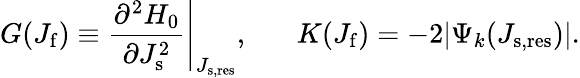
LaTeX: G(J_{\mathrm{f}})\equiv\frac{\partial^{2}H_{0}}{\partial J_{\mathrm{s}}^{2}}\Bigg\vert_{J_{\mathrm{s,res}}},\, \, \, \, \, \, \, \, \, \, K(J_{\mathrm{f}})=-2\vert\Psi_{k}(J_{\mathrm{s,res}})\vert.